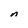
Character: n